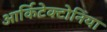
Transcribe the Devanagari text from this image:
आर्किटेक्टोनिया